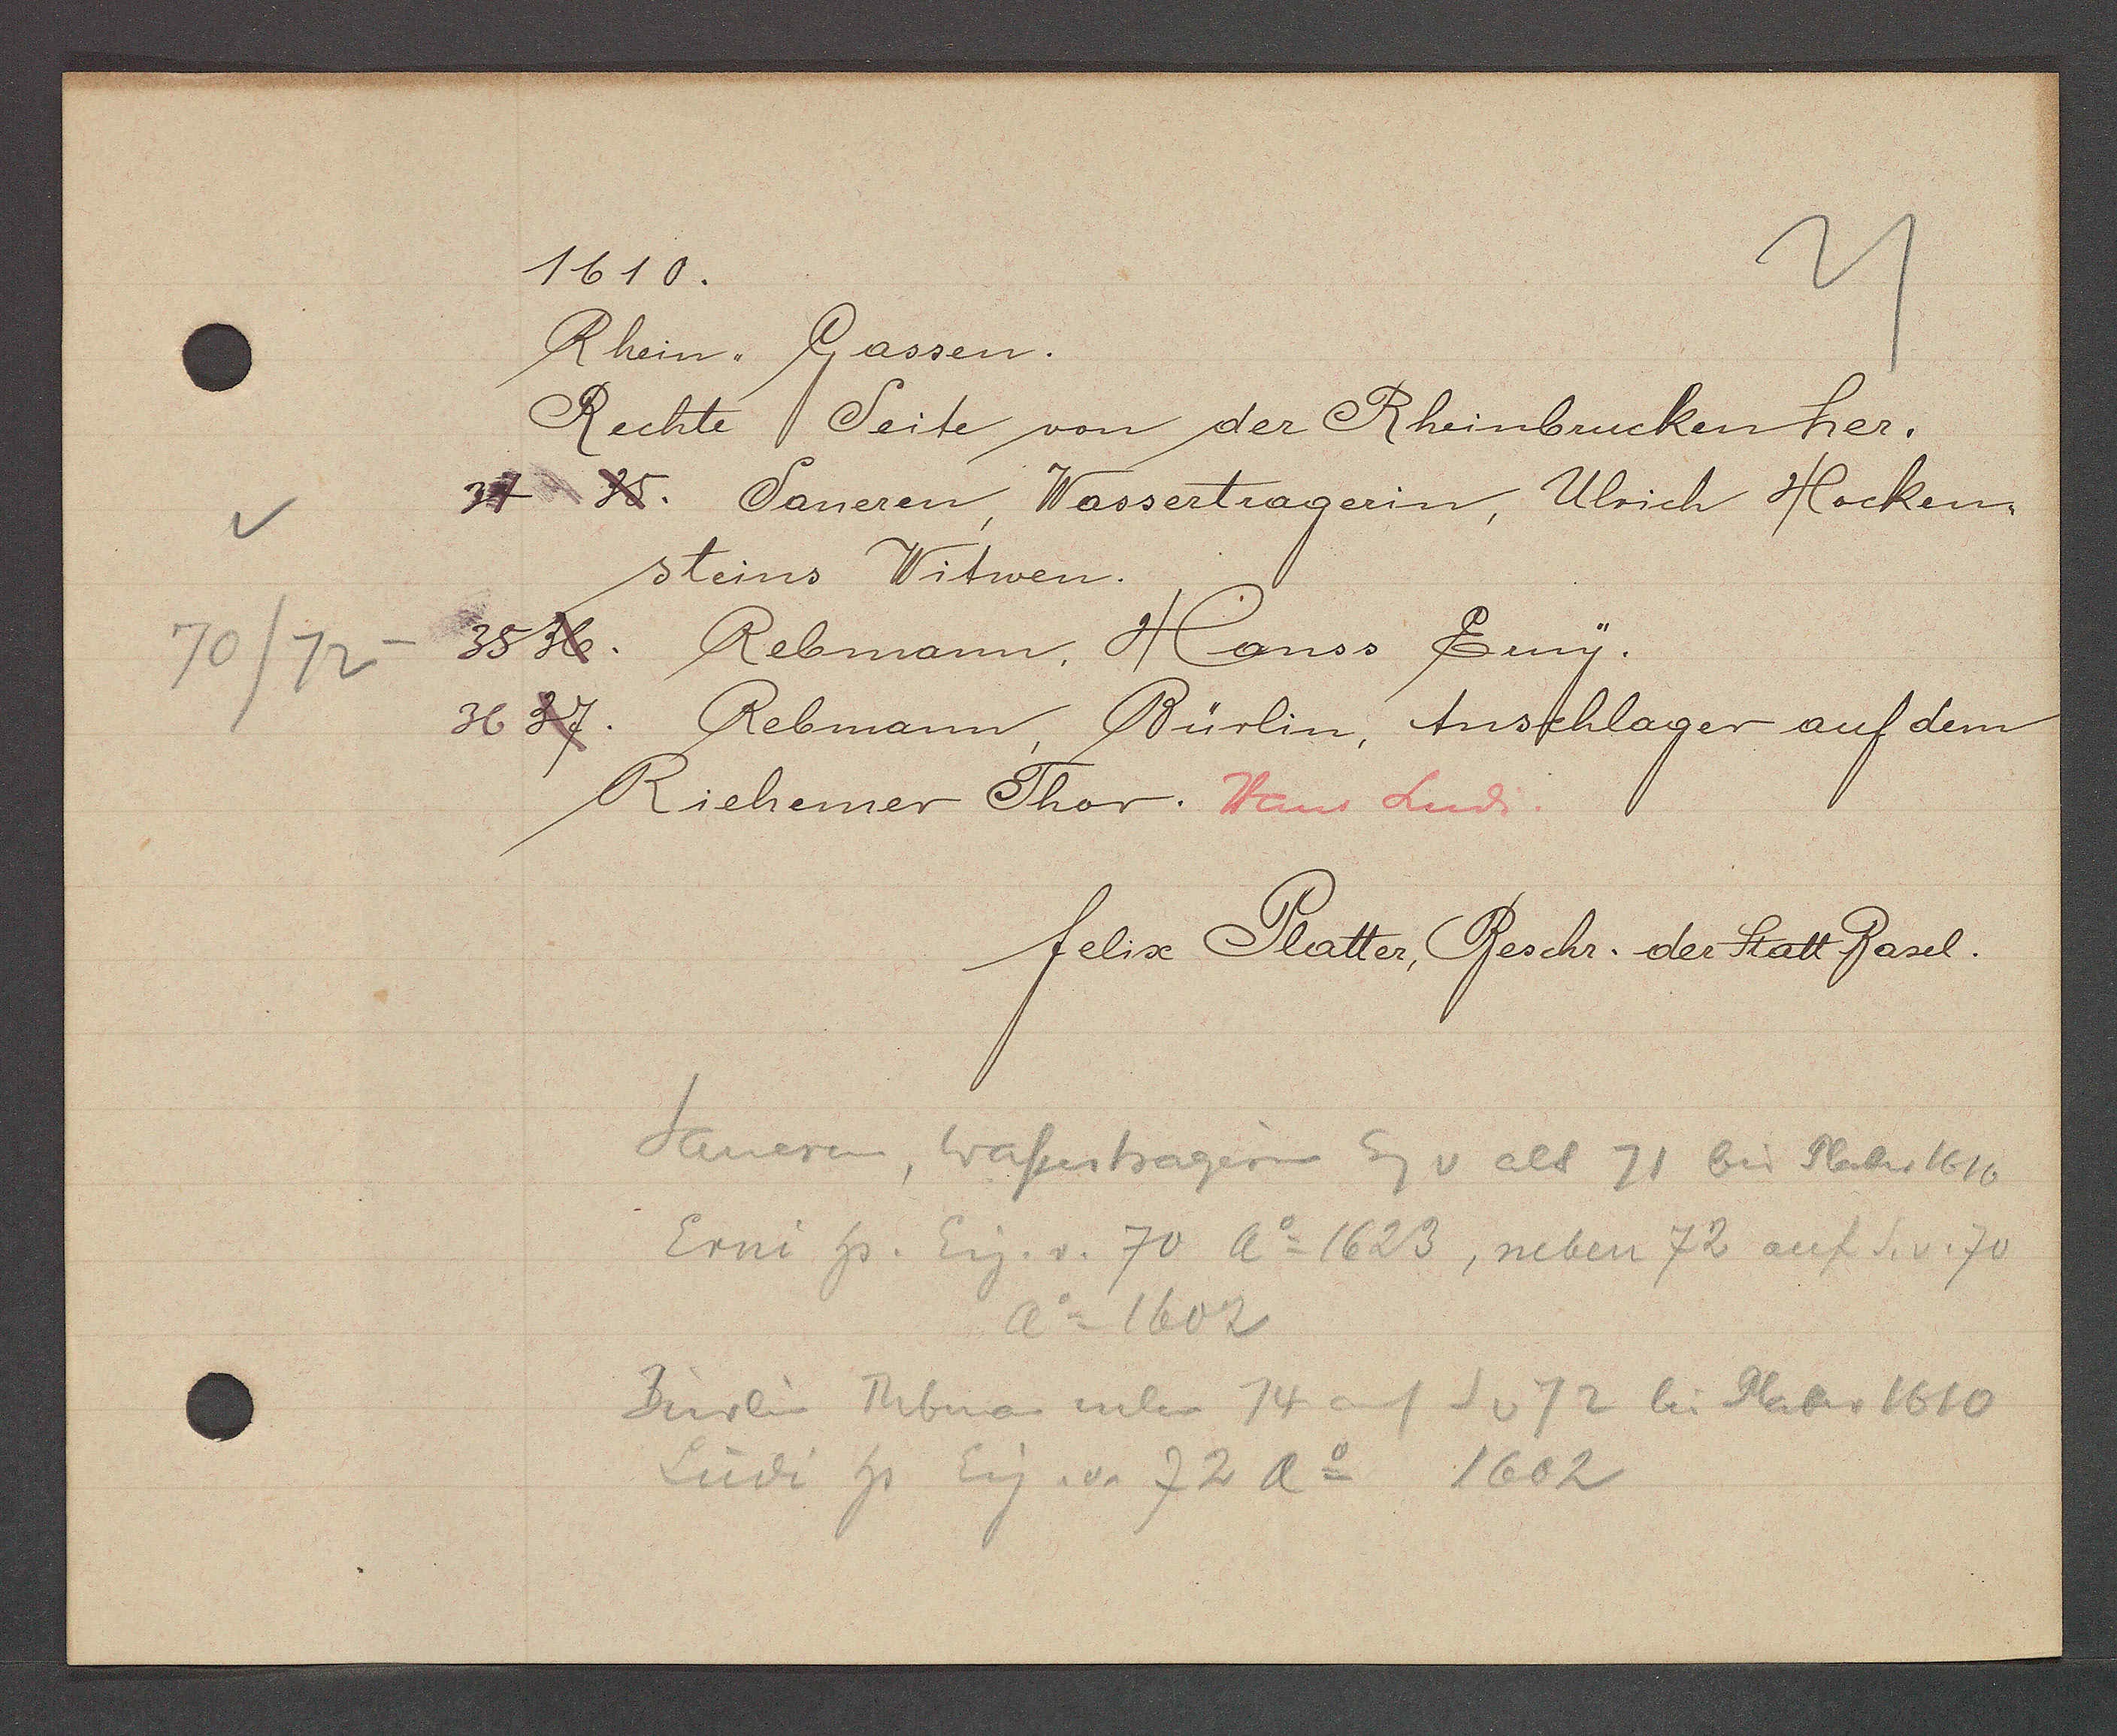
Transcript:
70/72

1610.

Rhein Gassen.
Rechte Seite von der Rheinbrucken her.
35 Saneren, Wassertragerin, Ulrich Hockenn
34
steins Witwen.
35 36. Rebmann, Hanss Erny.
36 37.
Rebmann Bürlin, Anschlager auf dem
Riehemer Thor. Hans Lud.

felix Platter, Beschr. der Statt Basel.

Sameren, Wassertragerin Eig v alt 71 bis Platter 1610
Erni hs. Eig. v. 70 Ao 1623, neben 72 auf S. v. 70
Ao 1602
Bürlin Rebman neben 14 auf S v 72 bei Staber 1610
Lüdi hs. Eig. v. 72 Ao 1602